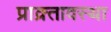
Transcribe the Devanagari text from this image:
प्राक्र्तावस्था